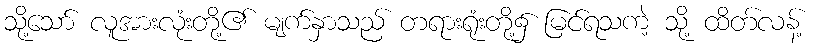
သို့သော် လူအားလုံးတို့၏ မျက်နှာသည် တရားရုံးတို့၌ မြင်ရသကဲ့ သို့ ထိတ်လန့်